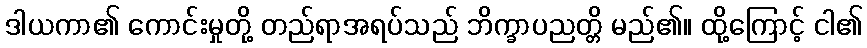
ဒါယကာ၏ ကောင်းမှုတို့ တည်ရာအရပ်သည် ဘိက္ခာပညတ္တိ မည်၏။ ထို့ကြောင့် ငါ၏